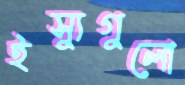
ইস্যুগুলো